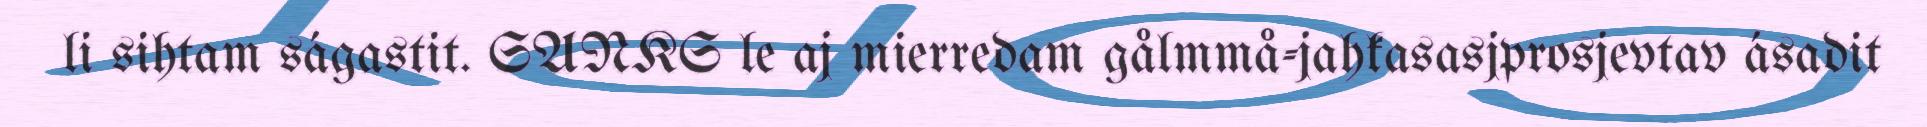
li sihtam ságastit. SANKS le aj mierredam gålmmå-jahkasasjprosjevtav ásadit